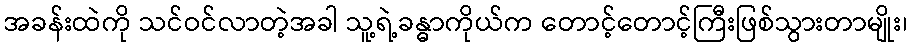
အခန်းထဲကို သင်ဝင်လာတဲ့အခါ သူ့ရဲ့ခန္ဓာကိုယ်က တောင့်တောင့်ကြီးဖြစ်သွားတာမျိုး၊